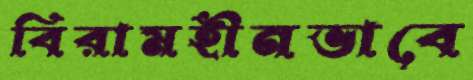
বিরামহীনভাবে